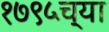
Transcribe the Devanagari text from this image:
१७९५च्या